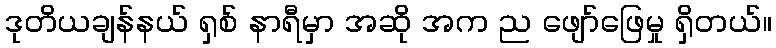
ဒုတိယချန်နယ် ရှစ် နာရီမှာ အဆို အက ည ဖျော်ဖြေမှု ရှိတယ်။